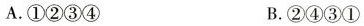
A.①②③④ B.②④③①